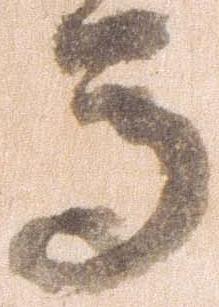
馬